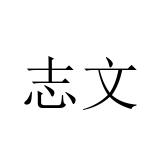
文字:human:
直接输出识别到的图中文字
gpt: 志文